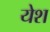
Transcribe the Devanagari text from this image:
येश